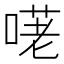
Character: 𠺜